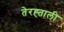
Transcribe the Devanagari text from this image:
तेरह्ताली